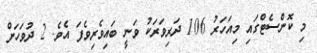
މި ކޮންސެޓްގައި މިއަހަރު 106 ދަރިވަރަކު ވަނީ ބައިވެރިވެފަ އެވެ. 2 ދުވަހަށް